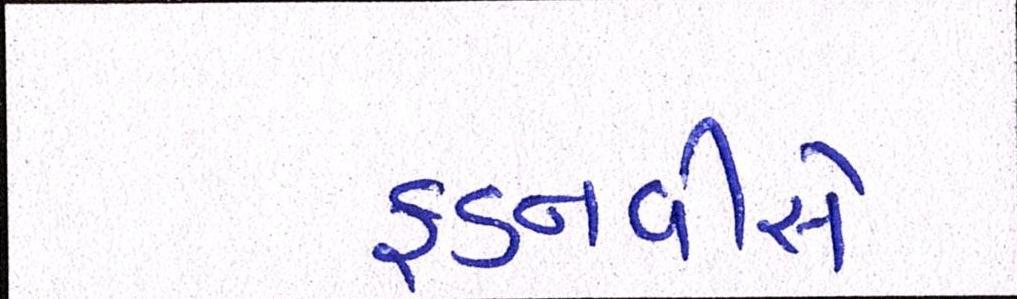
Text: ફડનવીસે